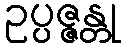
ဥပ္ပဇ္ဇန္တု